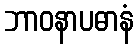
ဘာဝနာပဓာနံ